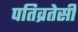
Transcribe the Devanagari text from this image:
पतिव्रतेसी